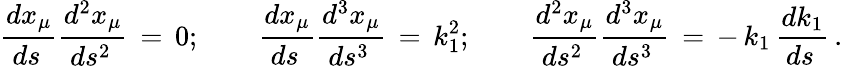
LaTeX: \frac{dx_{\mu}}{ds\, }\frac{d^{2}x_{\mu}}{ds^{2}\, }\, =\, 0;\qquad\frac{dx_{\mu}}{ds\, }\frac{d^{3}x_{\mu}}{ds^{3}\, }\, =\, k_{1}^{2};\qquad\frac{d^{2}x_{\mu}}{ds^{2}\, }\frac{d^{3}x_{\mu}}{ds^{3}\, }\, =\, -\, k_{1}\, \frac{dk_{1}}{ds\, }\, {.}